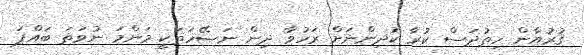
ޤުރުއާން ހިތުދަސް ކުރާ ކުދިންނަށް ރަހުވާ ދިން ނަޞޭހަތަކީ މަންމަ ނުވަތަ ބައްޕަ